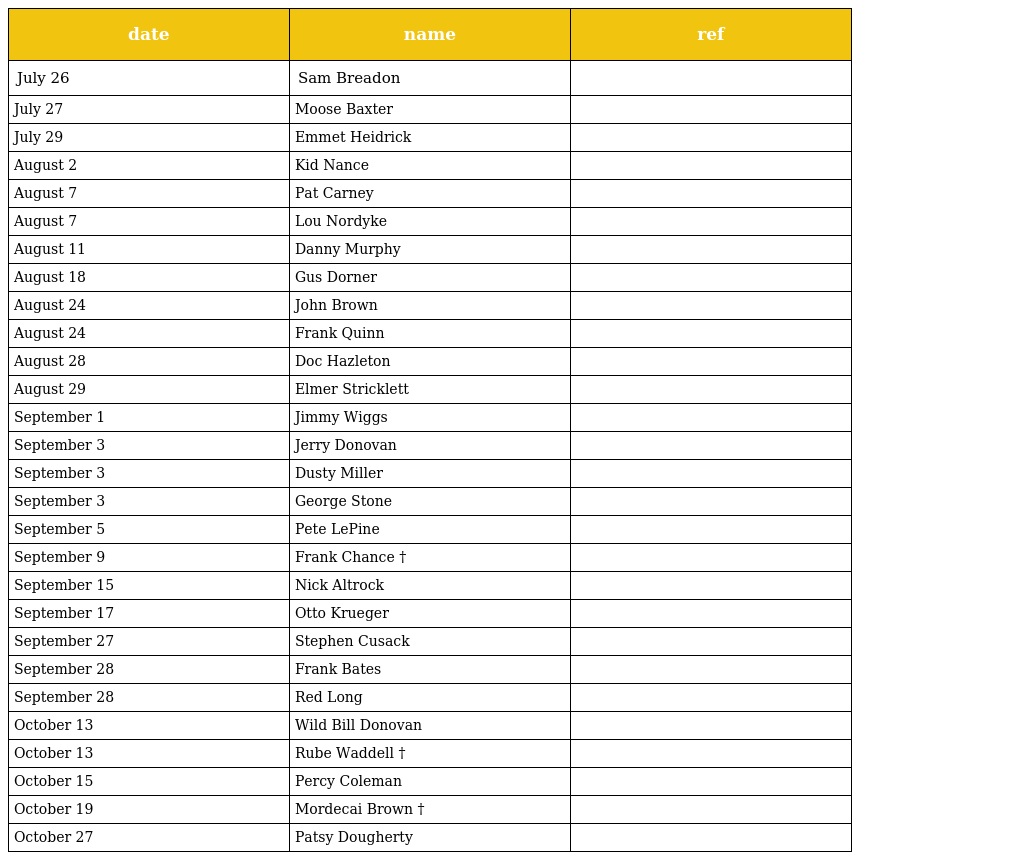
| date | name | ref |
 | --- | --- | --- |
 | July 26 | Sam Breadon |  |
 | July 27 | Moose Baxter |  |
 | July 29 | Emmet Heidrick |  |
 | August 2 | Kid Nance |  |
 | August 7 | Pat Carney |  |
 | August 7 | Lou Nordyke |  |
 | August 11 | Danny Murphy |  |
 | August 18 | Gus Dorner |  |
 | August 24 | John Brown |  |
 | August 24 | Frank Quinn |  |
 | August 28 | Doc Hazleton |  |
 | August 29 | Elmer Stricklett |  |
 | September 1 | Jimmy Wiggs |  |
 | September 3 | Jerry Donovan |  |
 | September 3 | Dusty Miller |  |
 | September 3 | George Stone |  |
 | September 5 | Pete LePine |  |
 | September 9 | Frank Chance † |  |
 | September 15 | Nick Altrock |  |
 | September 17 | Otto Krueger |  |
 | September 27 | Stephen Cusack |  |
 | September 28 | Frank Bates |  |
 | September 28 | Red Long |  |
 | October 13 | Wild Bill Donovan |  |
 | October 13 | Rube Waddell † |  |
 | October 15 | Percy Coleman |  |
 | October 19 | Mordecai Brown † |  |
 | October 27 | Patsy Dougherty |  |